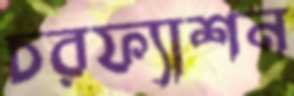
চরফ্যাশন